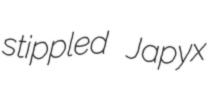
stippled Japyx